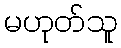
မဟုတ်သူ